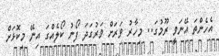
އެހެންތަ އޭނަވީ ރޫމުގަ.. މިހާރު ވަރަށް ވަރުގަދަ ފޯނު ކޯލެއްގަ އިނޭ މިކޮޅަށް